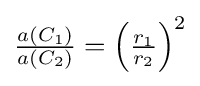
{\textstyle {\frac {a(C_{1})}{a(C_{2})}}=\left({\frac {r_{1}}{r_{2}}}\right)^{2}}